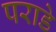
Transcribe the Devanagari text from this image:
पराडे